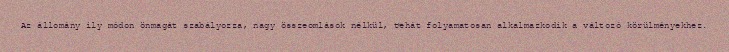
Az állomány ily módon önmagát szabályozza, nagy összeomlások nélkül, tehát folyamatosan alkalmazkodik a változó körülményekhez.